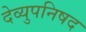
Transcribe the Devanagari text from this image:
देव्युपनिषद